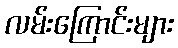
လမ်းကြောင်းများ